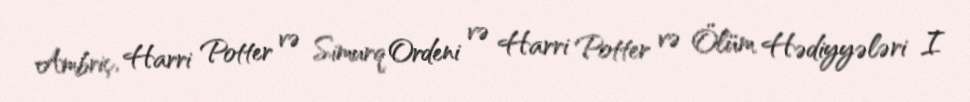
Ambriç, Harri Potter və Simurq Ordeni və Harri Potter və Ölüm Hədiyyələri I